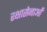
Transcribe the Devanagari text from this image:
रक्षासेनाओं